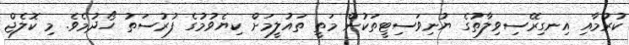
ކުރުމާއި އިނގިރޭސިވިލާތުގެ ޔުނިވަސިޓީތަކުން މަތީ ތައުލީމަށް ކިޔެވުމުގެ ފުރުސަތު ހޯދުމެވެ. މި ކޮލެޖް